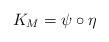
LaTeX: \begin{align*}K_{M}=\psi\circ \eta\end{align*}